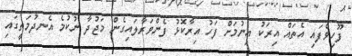
ފޫހިވެފައި އެތައް އިރަކު އިނުމަށް ފަހު އިރާކޮޅު ފެންވަރާލައިގެން މަޖުދާ ނުކުމެ އެނދުމަތީގައި